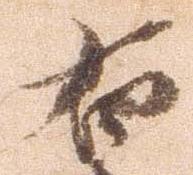
右